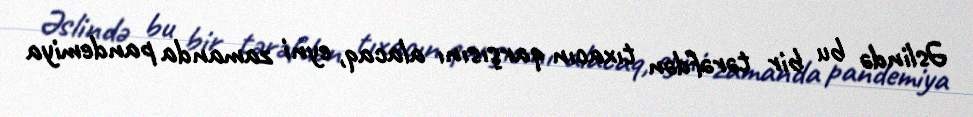
Əslində bu bir tərəfdən tıxacın qarşısını alacaq, eyni zamanda pandemiya